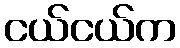
ငယ်ငယ်က